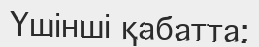
Үшінші қабатта: